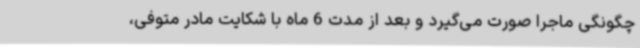
چگونگی ماجرا صورت می‌گیرد و بعد از مدت 6 ماه با شکایت مادر متوفی،